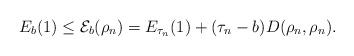
LaTeX: \begin{align*}E_{b}(1)\leq\mathcal{E}_{b}(\rho_{n})=E_{\tau_{n}}(1)+(\tau_{n}-b)D(\rho_{n},\rho_{n}).\end{align*}